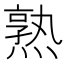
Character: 熟